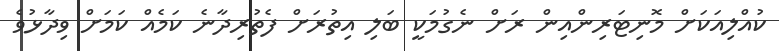
ކުއްލިއަކަށް މޮނިޓަރިންއިން ރަށް ނެގުމަކީ ބަލި އިތުރަށް ފެތުރިދާނެ ކަމެއް ކަމަށް ވިދާޅުވެ